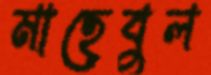
মাহেবুল